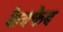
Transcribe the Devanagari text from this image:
कैक्कैब